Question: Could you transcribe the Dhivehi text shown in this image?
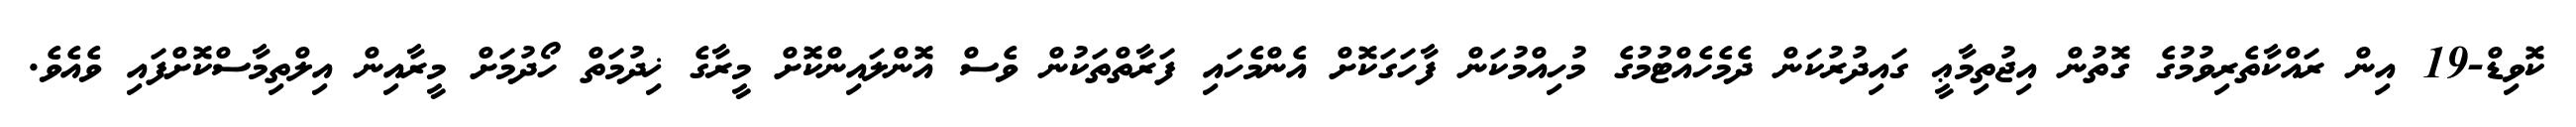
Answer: ކޮވިޑް-19 އިން ރައްކާތެރިވުމުގެ ގޮތުން އިޖުތިމާޢީ ގައިދުރުކަން ދެމެހެއްޓުމުގެ މުހިއްމުކަން ފާހަގަކޮށް އެންމެހައި ފަރާތްތަކުން ވެސް އޮންލައިންކޮށް މީރާގެ ޚިދުމަތް ހޯދުމަށް މީރާއިން އިލްތިމާސްކޮށްފައި ވެއެވެ.